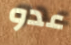
عدو